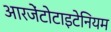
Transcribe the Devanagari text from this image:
आरजेंटोटाइटेनियम